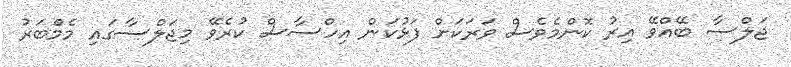
ޖަލްސާ ބޭއްވޭ އިރު ކޮންމެވެސް ވަރަކަށް ފަޅުކަން އިހްސާސް ކުރެވޭ މިޖަލްސާގައި މެމްބަރު